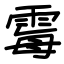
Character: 霉